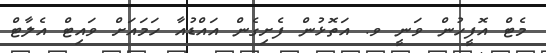
މެޓް އޮފީހުން ވަނީ ވ. އަތޮޅުން ފެށިގެން އައްޑުއާ ހަމައަށް ވައިޓް އެލާޓް